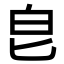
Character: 皀